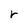
Character: r